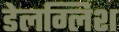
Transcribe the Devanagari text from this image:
डेलग्लिश